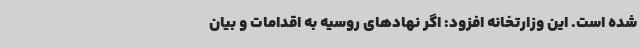
شده است. این وزارتخانه افزود: اگر نهادهای روسیه به اقدامات و بیان